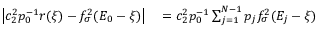
\begin{array} { r l } { \left| c _ { 2 } ^ { 2 } p _ { 0 } ^ { - 1 } r ( \xi ) - f _ { \sigma } ^ { 2 } ( E _ { 0 } - \xi ) \right| } & { { } = c _ { 2 } ^ { 2 } p _ { 0 } ^ { - 1 } \sum _ { j = 1 } ^ { N - 1 } p _ { j } f _ { \sigma } ^ { 2 } ( E _ { j } - \xi ) } \end{array}